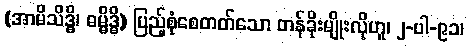
(အာမိသိဒ္ဓိ၊ ဓမ္မိဒ္ဓိ) ပြည့်စုံစေတတ်သော တန်ခိုးမျိုးလိုဟူ၊ ၂-ပါ-၉၁၊